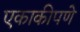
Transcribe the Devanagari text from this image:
एकाकीपणे